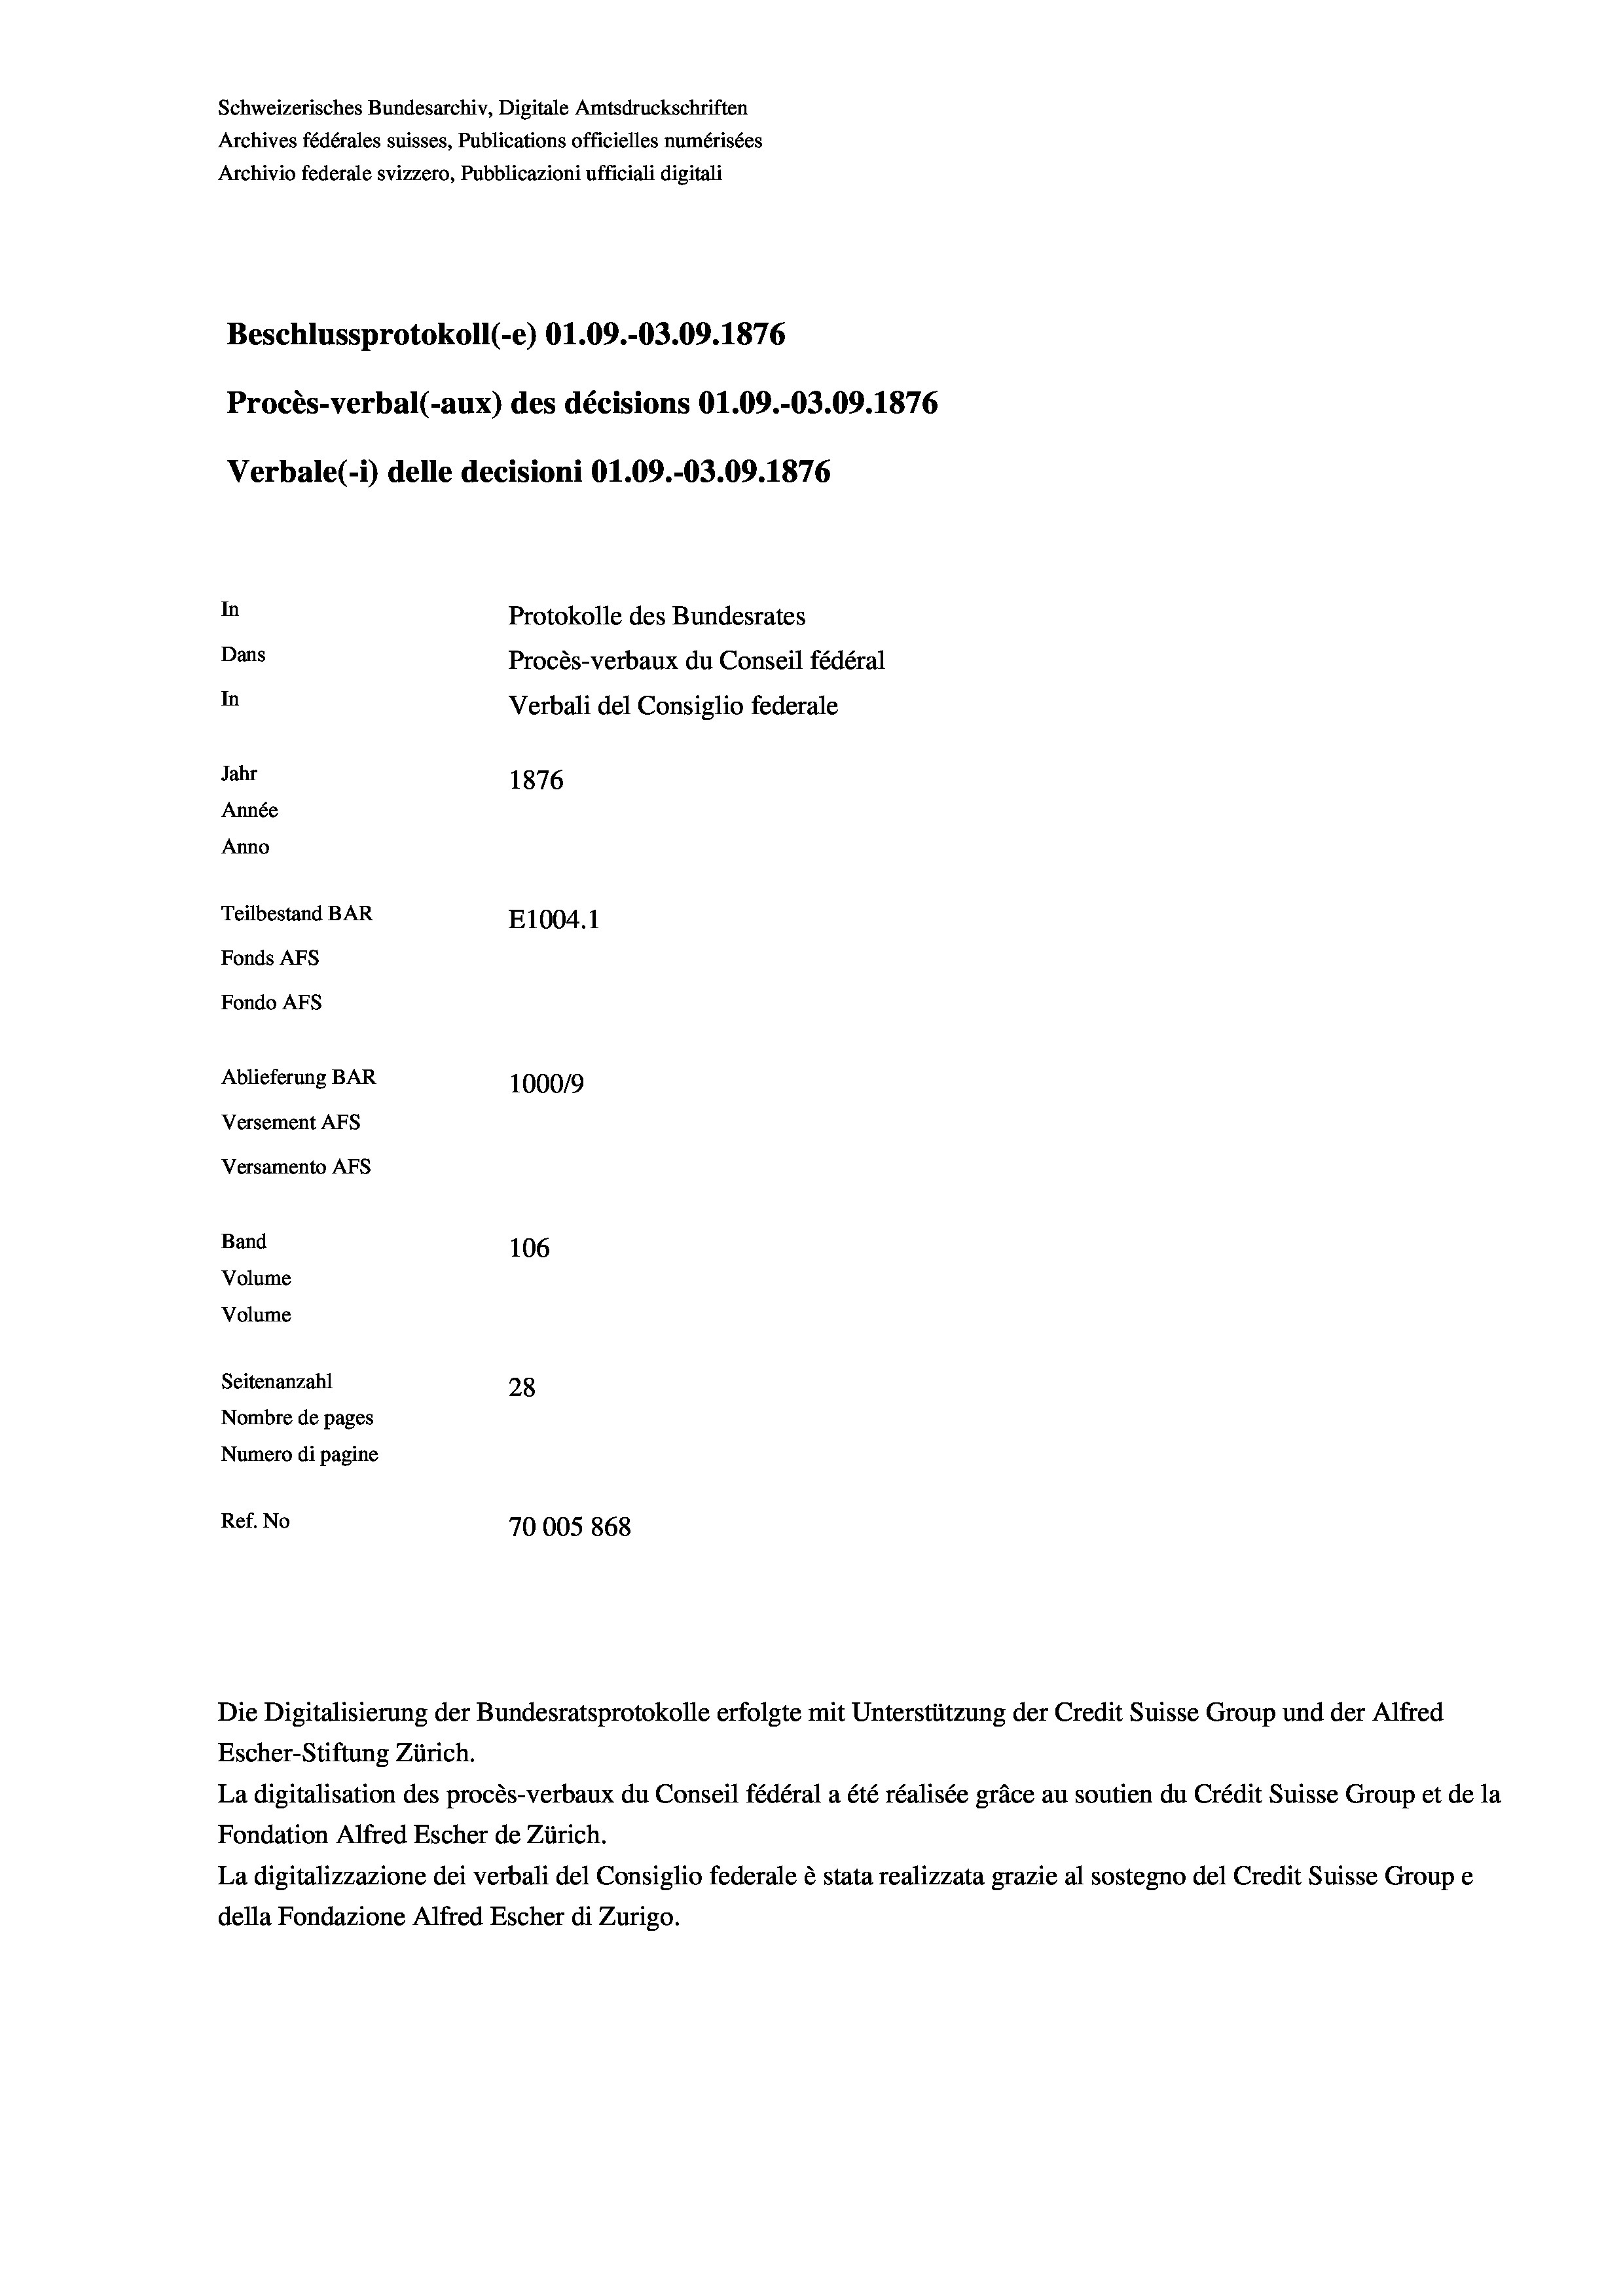
Schweizerisches Bundesarchiv, Digitale Amtsdruckschriften
Archives fédérales suisses, Publications officielles numérisées
Archivio federale svizzero, Pubblicazioni ufficiali digitali
Beschlussprotokoll (-e) O1.09.-03.09. 1876
Procès-verbal (-aux) des décisions 01.09.-03.09. 1876
Verbale (1) delle decisioni O1.09.-03.09. 1876
In
Protokolle des Bundesrates
Dans
Procès-verbaux du Conseil fédéral
In
Verbali del Consiglio federale
Jahr
1876
Année
Anno
Teilbestand BAR
E1004. 1
Fonds AFs
Fondo Afs
Ablieferung BAR
10009
Versement Ans
Versamento Afs

106
Seitenanzahl
28
Nombre de pages
Numero di pagine
Ref. No
70005 868

Band
Volume

Volume

Die Digitalisierung der Bundesratsprotokolle erfolgte mit Unterstützung der Credit Suisse Group und der Alfred
Escher-Stiftung Zürich.
La digitalisation des procès-verbaux du Conseil fédéral a été réalisée gräce au soutien du Crédit Suisse Group et de la
Fondation Alfred Escher de Zürich.
La digitalizzazione dei verbali del Consiglio federale è stata realizzata grazie al sostegno del Credit Suisse Groupe
della Fondazione Alfred Escher di Zurigo.